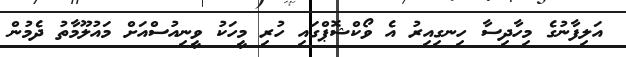
އަލިފާނުގެ މިހާދިސާ ހިނގިއިރު އެ ވޯކްޝޮޕްގައި ހުރި މީހަކު ވީނިއުސްއަށް މައުލޫމާތު ދެމުން